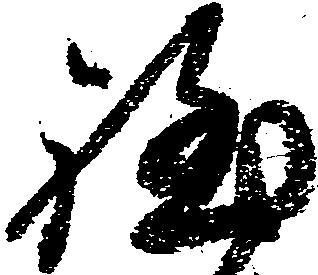
程